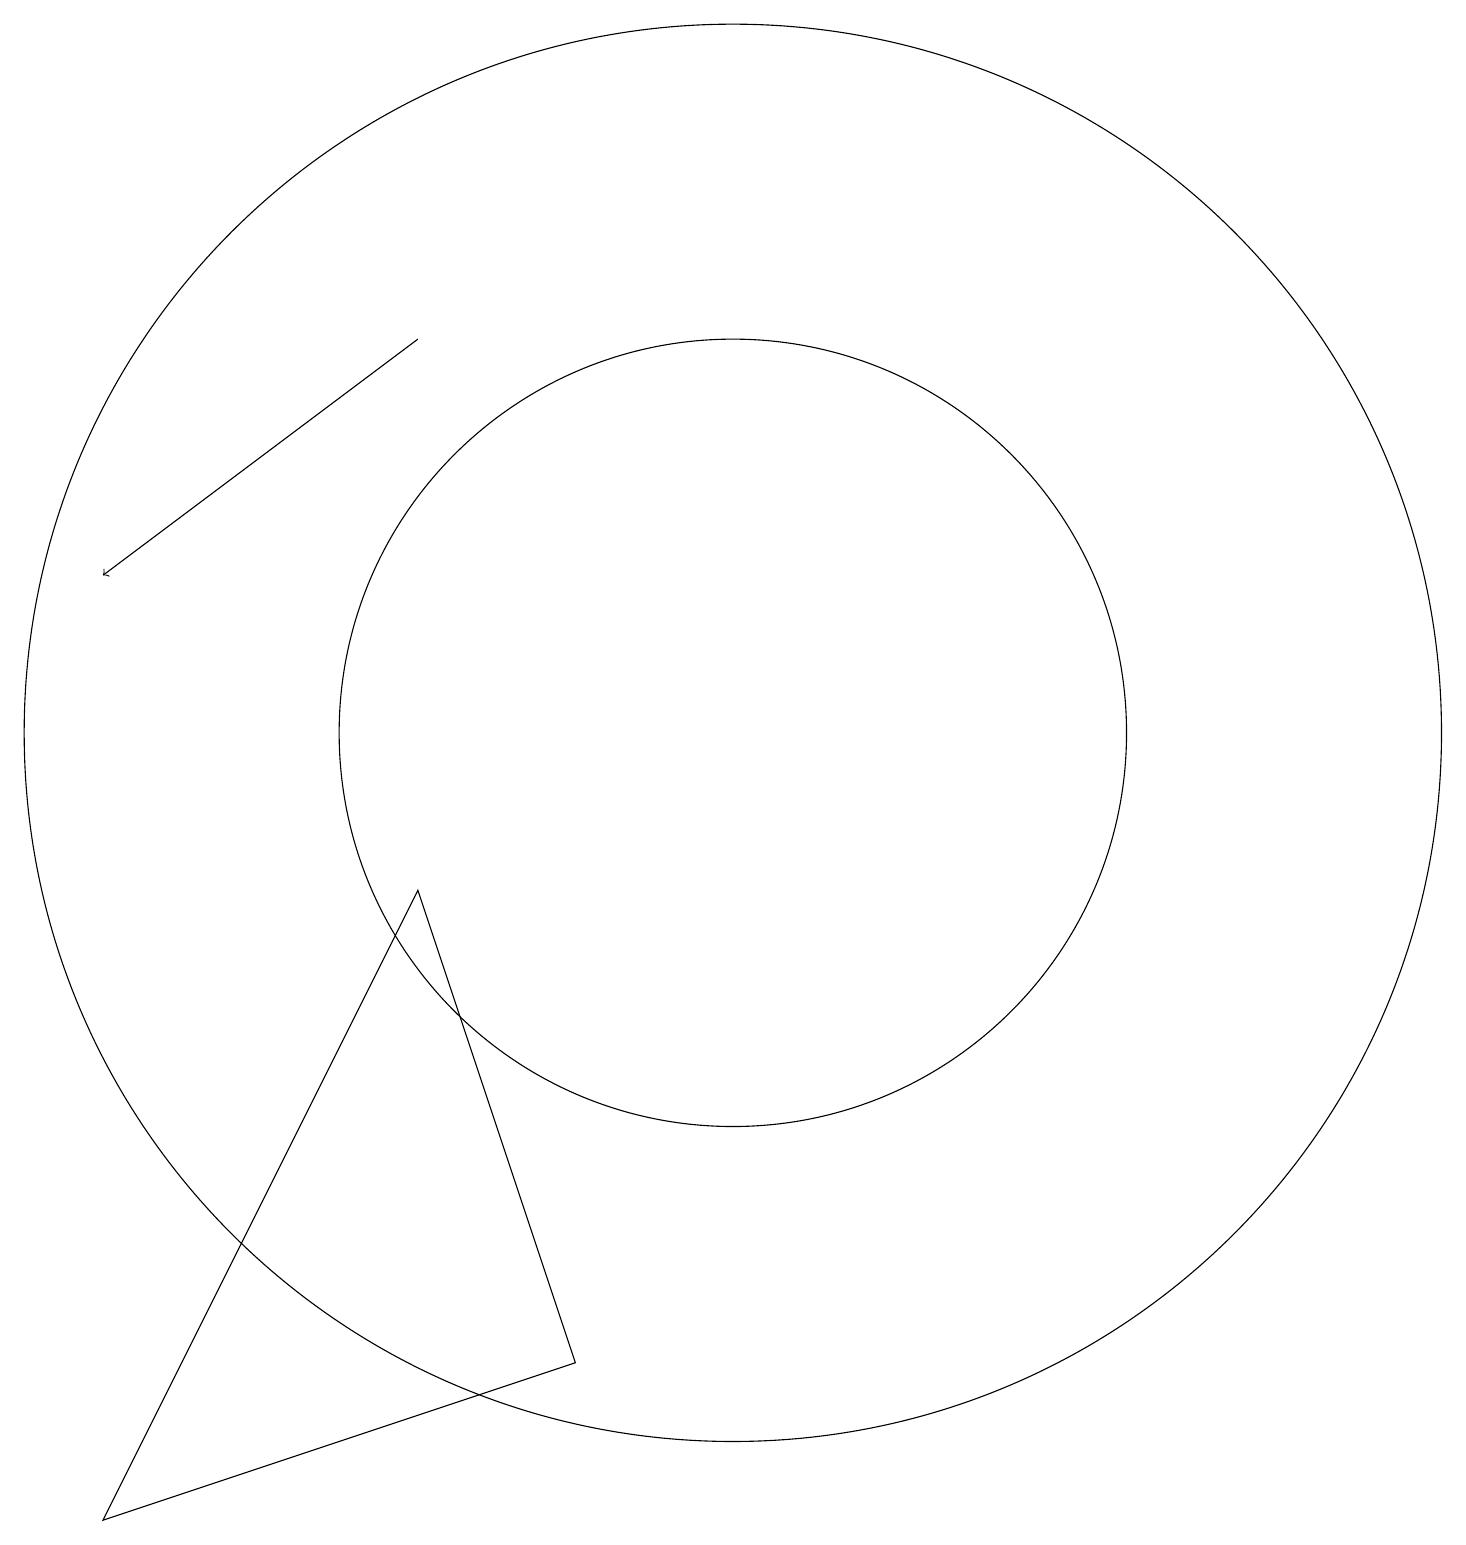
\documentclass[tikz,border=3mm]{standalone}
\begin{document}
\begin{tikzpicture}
\draw[->] (6,15) -- (2,12);
\draw (10,10) circle (9);
\draw (2,0) -- (8,2) -- (6,8) -- cycle;
\draw (10,10) circle (5);
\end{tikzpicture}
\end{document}